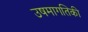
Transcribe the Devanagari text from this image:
उषमागतिकी